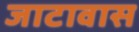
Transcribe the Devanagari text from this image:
जाटावास